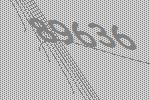
89636